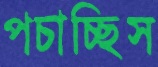
পচাচ্ছিস